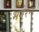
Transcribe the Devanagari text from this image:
भगेरन